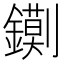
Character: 𮣔